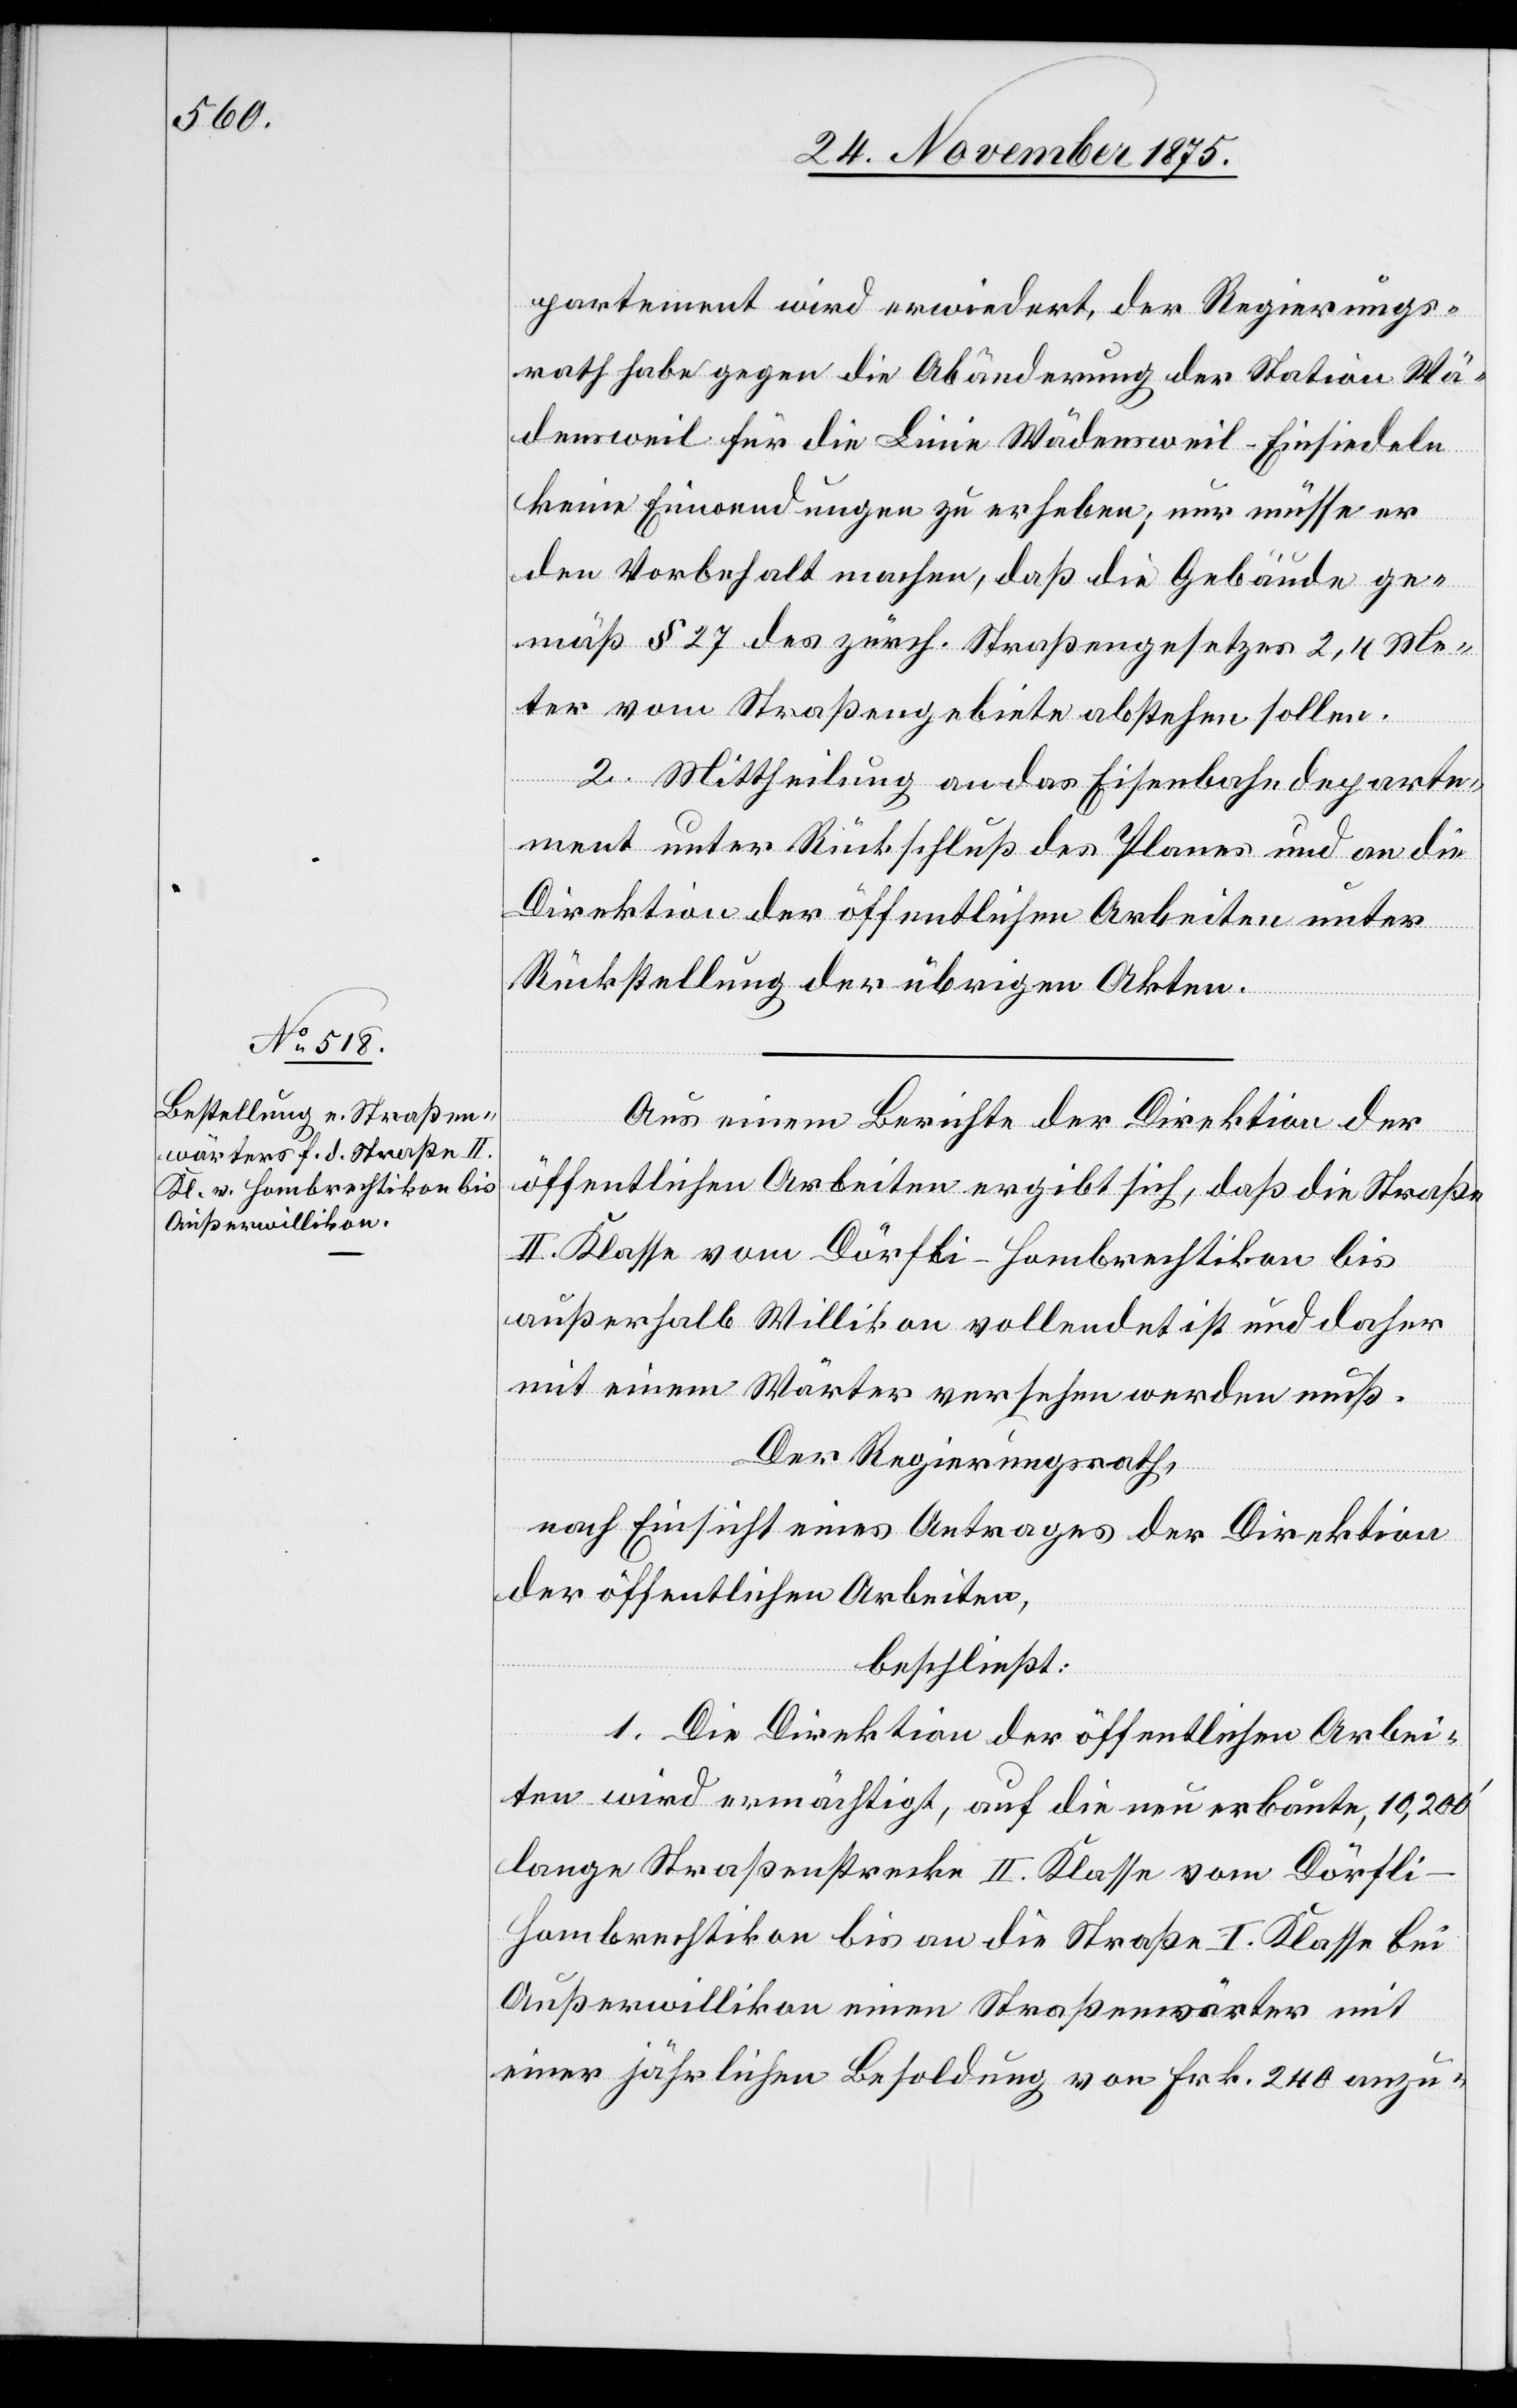
partement wird erwiedert, der Regierungs¬
rath habe gegen die Abänderung der Station Wä¬
densweil für die Linie Wädensweil–Einsiedeln
keine Einwendungen zu erheben; nur müsse er
den Vorbehalt machen, daß die Gebäude ge¬
mäß § 27 des zürch. Straßengesetzes 2,4 Me¬
ter vom Straßengebiete abstehen sollen.
2. Mittheilung an das Eisenbahndeparte¬
ment unter Rückschluß des Planes und an die
Direktion der öffentlichen Arbeiten unter
Rückstellung der übrigen Akten.
Aus einem Berichte der Direktion der
öffentlichen Arbeiten ergibt sich, daß die Straße
II. Klasse vom Dörfli - Hombrechtikon bis
außerhalb Willikon vollendet ist und daher
mit einem Wärter versehen werden muß.
Der Regierungsrath,
nach Einsicht eines Antrages der Direktion
der öffentlichen Arbeiten,
beschließt:
1. Die Direktion der öffentlichen Arbei¬
ten wird ermächtigt, auf die neu erbaute, 10,200‘
lange Straßenstrecke II. Klasse vom Dörfli
Hombrechtikon bis an die Straße I. Klasse bei
Außerwillikon einen Straßenwärter mit
einer jährlichen Besoldung von Frk. 240 anzu-